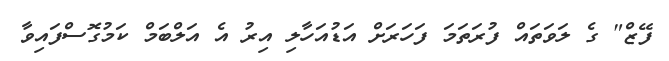
ފޭޒް" ގެ ލަވަތައް ފުރަތަމަ ފަހަރަށް އަޑުއަހާލި އިރު އެ އަލްބަމް ކަމުގޮސްފައިވާ